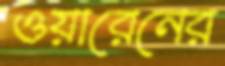
ওয়ারেনের